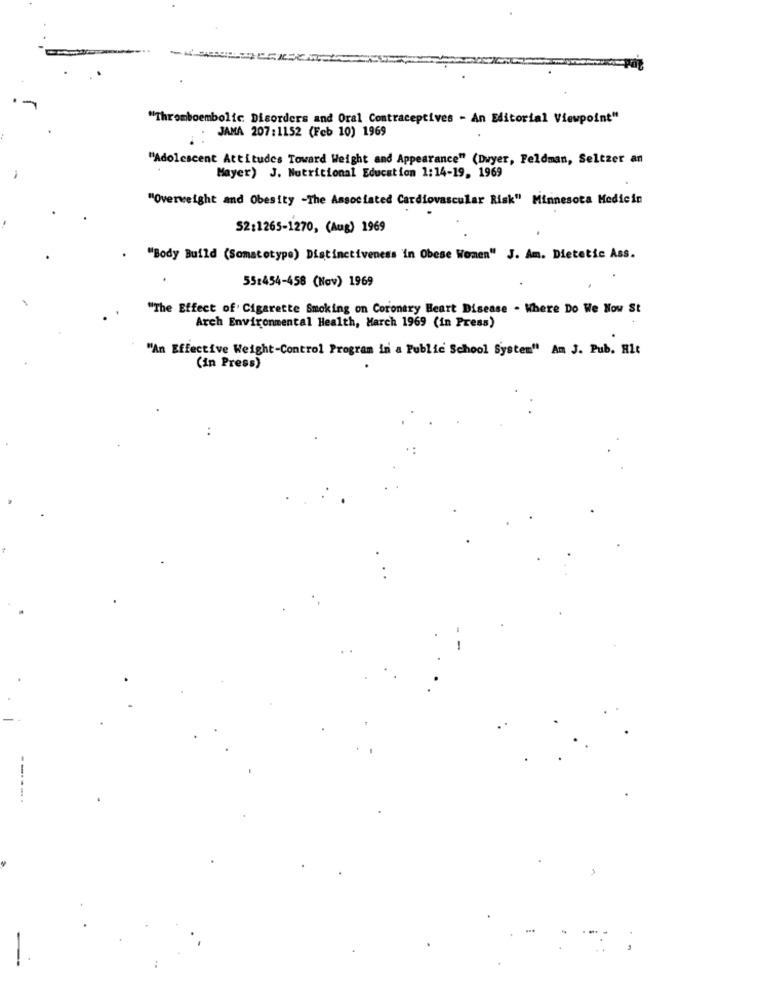
"Thromboembolic Disorders and Oral Contraceptives - An Editorial Viewpoint"
JAMA 207:1152 (Feb 10) 1969
"Adolescent Attitudes Toward Weight and Appearance" (Dwyer, Feldman, Seltzer an
Mayer) J. Nutritional Education 1:14-19, 1969
"Overweight and Obesity -The Associated Cardiovascular Risk" Minnesota Medicin
S2:1265-1270, (Aug) 1969
"Body Build (Somatotype) Distinctiveness in Obese Women" J. Am. Dietetic Ass.
55:454-458 (Nov) 1969
"The Effect of Cigarette Smoking on Coronary Heart Disease . Where Do We Now St
Arch Environmental Health, March 1969 (in Press)
"An Effective Weight-Control Program in a Public School System" Am J. Pub. Hit
(in Press)